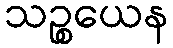
သဉ္စယေန